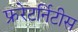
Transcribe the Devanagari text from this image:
फ्ररेटर्निटीस